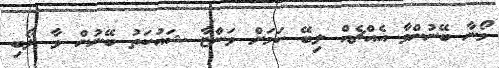
މޯނާ ބޭނުންވާ އެއްޗެއް ލިބޭ ކަމަށް ވަންޏާ ޝައުކަތު ބޭނުން ވާ ލޯބި